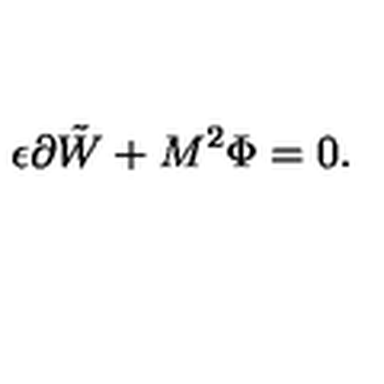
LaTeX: \epsilon \partial \tilde { W } + M ^ { 2 } \Phi = 0 .